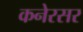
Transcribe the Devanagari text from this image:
कनेरसर